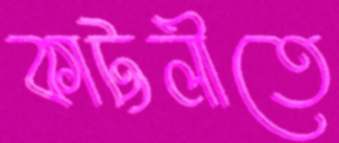
কাট্টলীতে